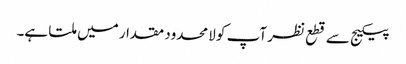
پیکیج سے قطع نظر آپ کو لامحدود مقدار میں ملتا ہے۔